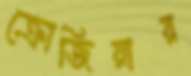
ক্রোজিয়ার